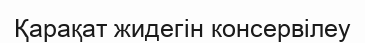
Қарақат жидегін консервілеу